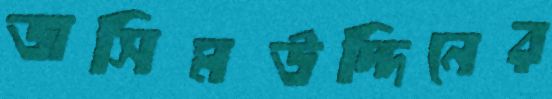
জসিমউদ্দিনের